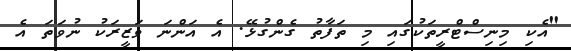
"އެކި މިނިސްޓްރީތަކުގައި މި ތަފާތު ގެންގުޅޭ. އެ އަންނަ ވަޒީރަކު ނުވަތަ އެ